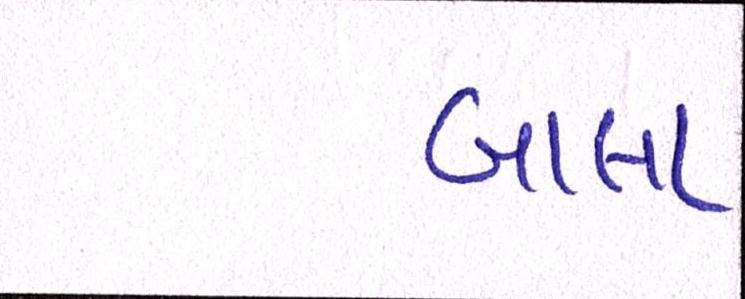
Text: બાલા